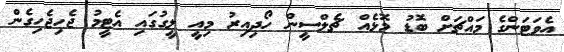
އެވަޓަންގެ މައްޗަށް ބޮޑު މޮޅެއް ޗެލްސީން ހޯދިއިރު މިއީ ލީގުގައި އެޓީމު ޖެހިޖެހިގެން